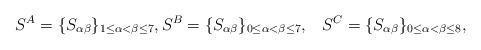
LaTeX: \begin{align*}S^A = \{S_{\alpha \beta}\}_{1 \leq \alpha < \beta \leq 7}, S^B = \{S_{\alpha \beta}\}_{0 \leq \alpha < \beta \leq 7}, \; \; \;S^C = \{S_{\alpha \beta}\}_{0 \leq \alpha < \beta \leq 8},\end{align*}